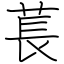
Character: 萇